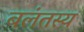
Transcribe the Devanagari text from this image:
बलंतस्य